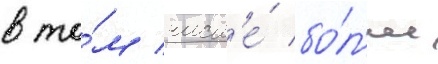
в то́м числ'е́ бо́л'ее